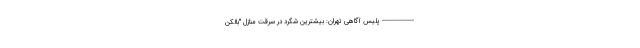
---------------- پلیس آگاهی تهران: بیشترین شگرد در سرقت منازل "بالکن